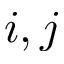
i , j